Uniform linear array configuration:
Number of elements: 48
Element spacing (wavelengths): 0.75
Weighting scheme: blackman
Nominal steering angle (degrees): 0
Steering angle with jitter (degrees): -1.678
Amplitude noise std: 0.05
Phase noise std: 0.05

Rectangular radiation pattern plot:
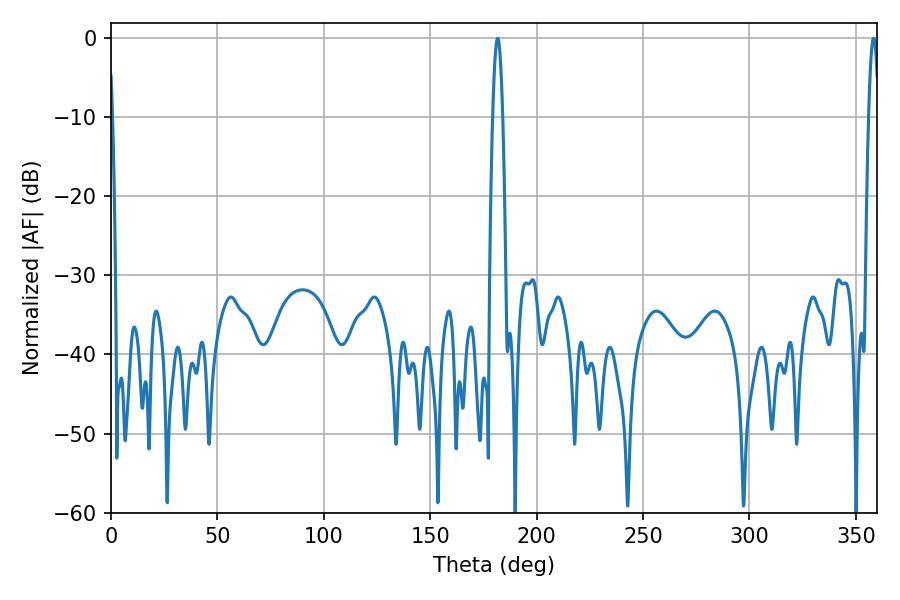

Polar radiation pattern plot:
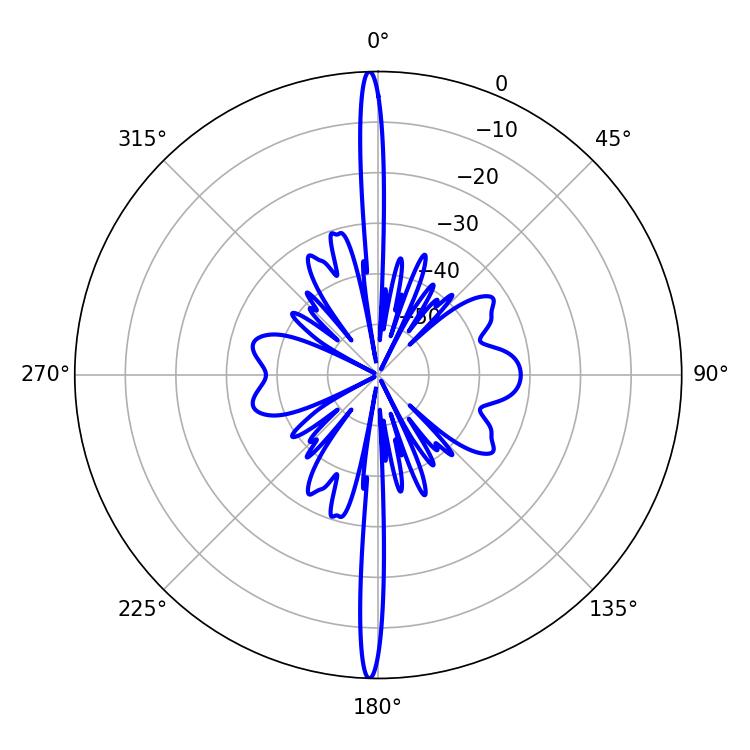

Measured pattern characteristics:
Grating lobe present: TRUE
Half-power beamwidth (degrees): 2.52
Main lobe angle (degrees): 358.38